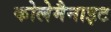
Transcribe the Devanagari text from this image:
कोलेमैनाइट